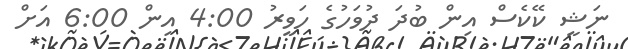
ނަޝީ ކޭކެސް އިން ބުދަ ދުވަހުގެ ހަވީރު 4:00 އިން 6:00 އަށް